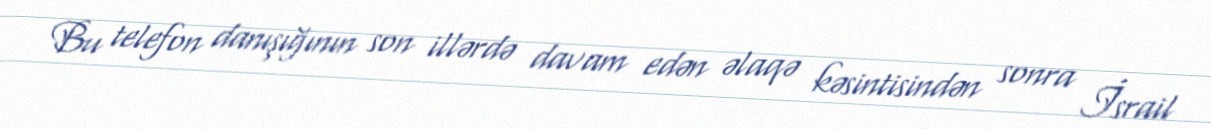
Bu telefon danışığının son illərdə davam edən əlaqə kəsintisindən sonra İsrail